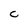
Character: C